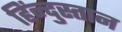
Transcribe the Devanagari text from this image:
हिंन्दुस्तान